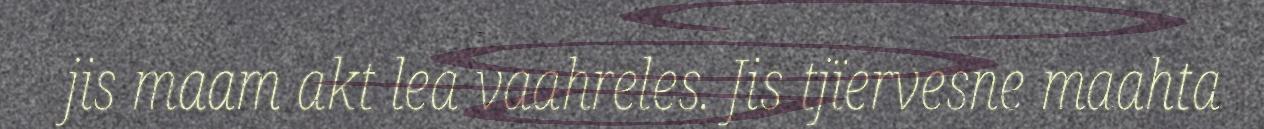
jis maam akt lea vaahreles. Jis tjïervesne maahta